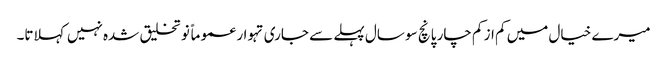
میرے خیال میں کم از کم چار پانچ سو سال پہلے سے جاری تہوار عموماً نو تخلیق شدہ نہیں کہلاتا۔